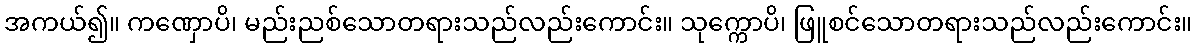
အကယ်၍။ ကဏှောပိ၊ မည်းညစ်သောတရားသည်လည်းကောင်း။ သုက္ကောပိ၊ ဖြူစင်သောတရားသည်လည်းကောင်း။